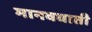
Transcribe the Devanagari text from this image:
मानवघाती